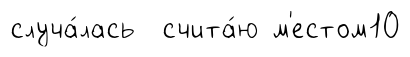
случа́лась счита́ю м'естом10